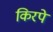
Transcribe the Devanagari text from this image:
किरपे